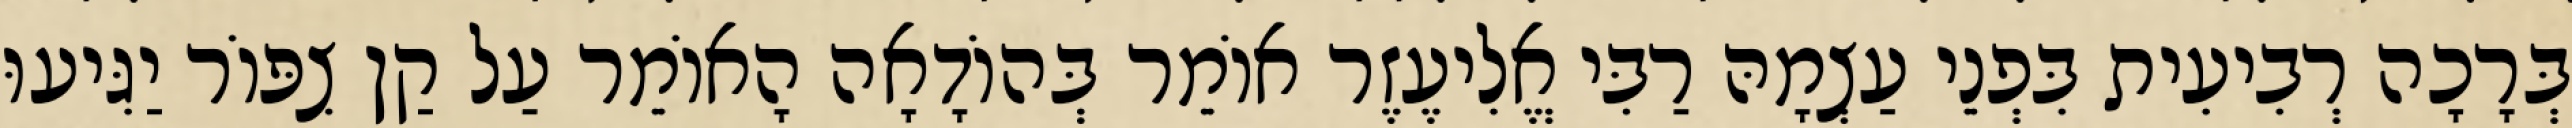
בְּרָכָה רְבִיעִית בִּפְנֵי עַצְמָהּ רַבִּי אֱלִיעֶזֶר אוֹמֵר בְּהוֹדָאָה הָאוֹמֵר עַל קַן צִפּוֹר יַגִּיעוּ